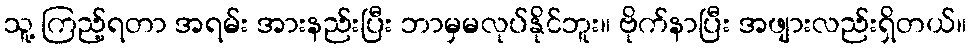
သူ့ ကြည့်ရတာ အရမ်း အားနည်းပြီး ဘာမှမလုပ်နိုင်ဘူး။ ဗိုက်နာပြီး အဖျားလည်းရှိတယ်။